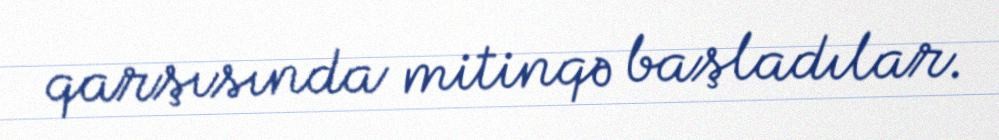
qarşısında mitinqə başladılar.